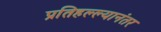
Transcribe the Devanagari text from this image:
प्रतिहल्ल्यानंतर